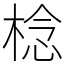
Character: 棯